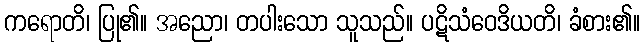
ကရောတိ၊ ပြု၏။ အညော၊ တပါးသော သူသည်။ ပဋိသံဝေဒိယတိ၊ ခံစား၏။